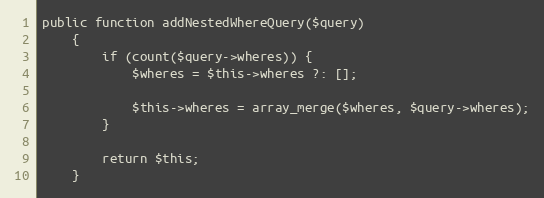
Language: PHP
public function addNestedWhereQuery($query)
    {
        if (count($query->wheres)) {
            $wheres = $this->wheres ?: [];

            $this->wheres = array_merge($wheres, $query->wheres);
        }

        return $this;
    }